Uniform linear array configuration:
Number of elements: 32
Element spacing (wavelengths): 0.75
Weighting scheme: blackman
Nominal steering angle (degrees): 45
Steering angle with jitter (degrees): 43.507
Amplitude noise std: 0.05
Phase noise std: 0.05

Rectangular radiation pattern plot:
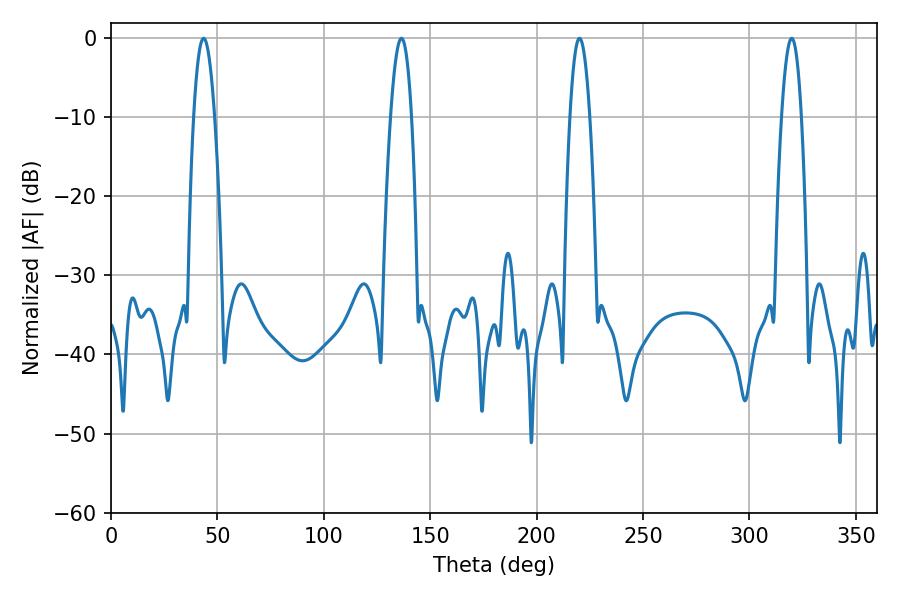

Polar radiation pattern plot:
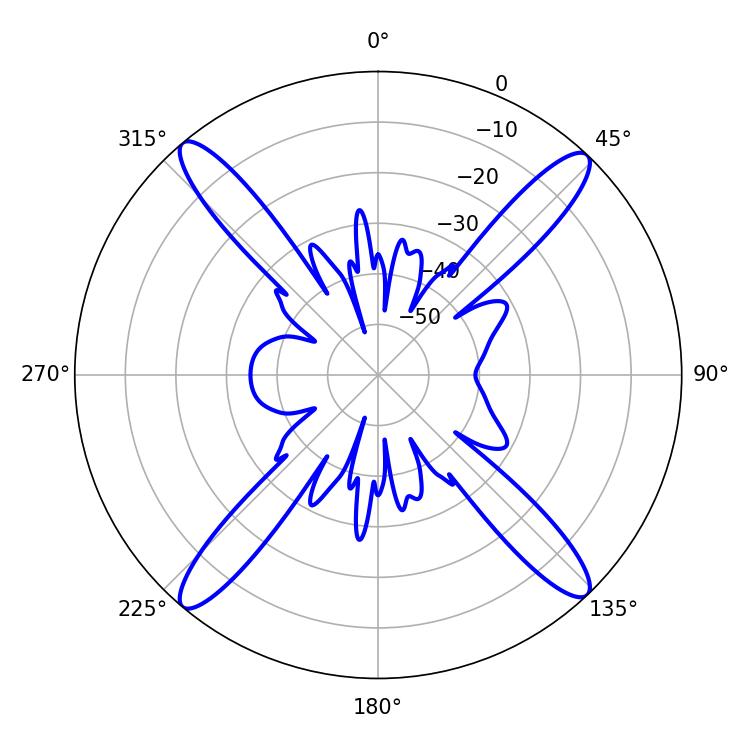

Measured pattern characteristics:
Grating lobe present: TRUE
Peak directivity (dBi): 20.963
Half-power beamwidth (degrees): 5.04
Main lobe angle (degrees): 220.14